Vital statistics of India. Vol. IV, Annual returns from 1871 to 1876. British Army of India, Native Army and jails of Bengal
Year: 1871
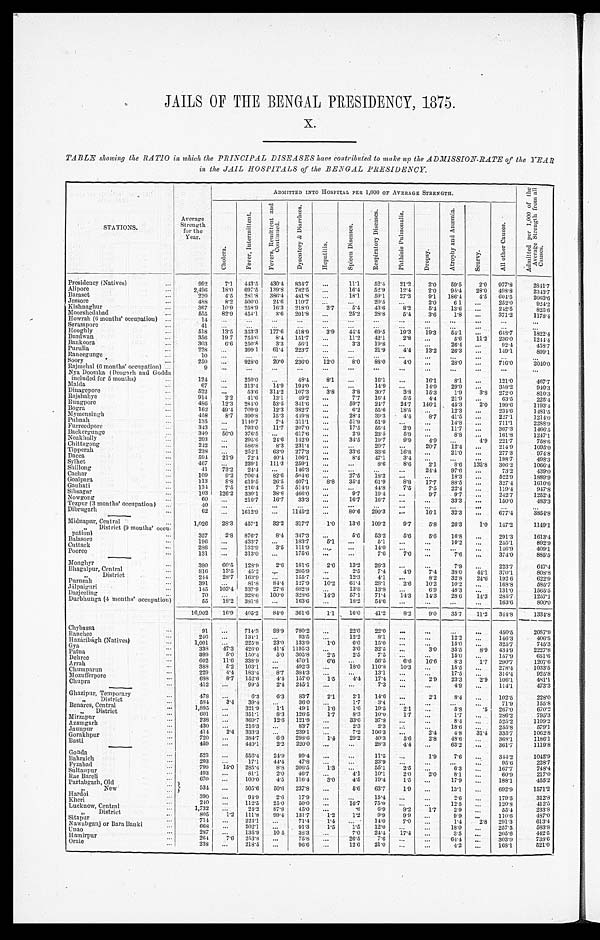
JAILS OF THE BENGAL PRESIDENCY, 1875.
x.
TABLE showing the RATIO in which the PRINCIPAL DISEASES have contributed to make up the ADM1SSION-RATE of the TEAR
in the JAIL HOSPITALS of the BENGAL PRESIDENCY.
A D M I T T E D I N T O H O S P I T A L P E R 1 , 0 0 0 O F A V E R A G E S T R E N G T H .
ADMITTED INTO HOSPITAL PER 1,000 Or AVERAGE STRENGTH.
S T A T I O N S .
A v e r a g e S t r e n g t h f o r t h e Y e a r .
Cholera.
F e v e r , I n t e r m i t t e n t .
F e v e r s , R e m i t t e n t a n d C o n t i n u e d .
D y s e n t e r y & D i a r r b œ a .
H e p a t i t i s .
S p l e e n D i s e a s e s .
R e s p i r a t o r y D i s e a s e s .
P h t h i s i s P u l m o n a l i s .
Dr opsy.
A t r o p h y a n d A n æ m i a .
S c u r v y .
A l l o t h e r C a u s e s .
A d m i t t e d P e r 1 , 0 0 0 o f t h e A v e r a g e S t r o n g t h f r o m a l C a u s c s .
Presidency (Natives)
...
992
7.1
443.5
430.4 834.7
...
11.1
52.4
21.2
2 . 0
59.5
2 . 0
977.8
2841.7
Alipore
...
2, 496
18.0 697.5
139.8 782.5
...
16.4
52.9
1 2 . 4
2 . 0
95.4
2 8 . 0 498.8
2 3 4 3 . 7
Baraset
...
220
4.5 281.8
386.4 481.8
...
18.1
59.1
2 7 . 3
9 . 1
186. 4
4 . 5 604.5
2 0 6 3 . 6
Jessore
...
488
8.2
500.0
24.6 110.7
. . .
...
20.5 ...
2 . 0
6.1
. . . 252.0
9 2 4 . 2
Kishnaghur ...
3 6 7
10.9 258.9 16.3
218.0
2 . 7
5.4
43.6
8 . 2
5 . 4
13. 6
. . . 242.5
8 2 5 . 6
Moorshedabad
...
5 5 5
82.9 454.1
3.6 201.8
. . .
25.2
2 8 . 8
5 . 4
3 . 6 1.8
. . . 371.2
1 1 7 8 . 4
llowrah (6 months' occupation)
1 4 ...
...
...
...
...
...
...
...
...
...
...
...
...
Serampore
...
41
...
...
...
...
...
...
. . .
...
. . .
...
. . . ...
. . .
Hooghly
...
518
13.5 353.3
177.6 418.9
3.9
14.4
6 9 . 5
1 9 . 3
1 9 . 3
54. 1
. . .
648.7
1 8 2 2 . 4
Burdwan
...
356
19.7
755.6
8.4 151.7
...
11. 2
4 2 . 1
2 . 8 ...
5.6
1 1 . 2 236.0
1 2 4 4 . 4
Bankoora ...
303
6.6
250.8
3.3
56.1
...
3.3
1 9 . 8
...
....
26.4
...
92.4
4 5 8 . 7
Purulia
....
228
...
399.1
61.4 223.7
...
...
2 1 . 9
4 . 4
1 3 . 2
26.3
...
149.1
8 9 9 . 1
Raneegunge
...
10
...
...
...
...
. . .
...
...
...
...
...
. . .
...
. . .
.
Soory
...
250
...
928.0
20.0 236.0
1 2 . 0 8.0
8 8 . 0
4 . 0 ...
28.0
. . .
716.0
2 0 4 0 . 0
Rajmehal (0 months' occupation) ...
9 ...
...
...
...
...
...
...
...
...
...
. . .
...
. . .
Nya Doomka (Deogarh and Godda
included for 5 months)
...
124
...
250.0
...
48.4
8.1
...
16.1
...
16.1
8.1
...
121.0
467.7
Malda
...
67
...
313.4
14.9 194.0
. . .
...
1 4 . 9
. . .
1 4 . 9
29. 9
. . .
358.2
9 4 0 . 3
Dinagepore
Dinagepore ...
522
...
53.6 314.2 107.3
3.8
3.8
30.7
3 . 8
1 5 . 3
1.9
3 . 8
272.0
8 1 0 . 3
Rajshahye ...
914
2.2
41.6
13.1
49.2
. . .
7.7
1 6 . 4
5 . 5
4 . 4
21.9
. . .
63.5
2 2 5 . 4
R u n g p o r e . . .
4 8 6
12.3 284.0
53.5
341.6
...
59. 7
2 4 . 7
2 4 . 7
1 4 6 . 1
45.3
2 . 0
199.6
1 1 9 3 . 4
Bogra
...
162
49.4 709.9
12.3 382.7
...
6.2
5 5 . 6
1 8 . 5
...
12.3
. . . 234.6
1 4 8 1 . 5
Mymensingh
...
458
8 . 7 390.8
15.3 449.8
. . .
28.4
3 9 . 3
4 . 4
8 . 7 41.5
. . .
227.1
1 2 1 4 . 0
Pubnah . . .
1 3 5
...
1140.7
7 . 4 311.1
. . .
51.9
. . .
. . .
...
14.8
. . .
711.1
2 2 6 8 . 9
Furreedpore ...
3 4 3
...
793.0
11.7 207.0
. . .
17. 5
5 5 . 4
2 . 9
...
11. 7
. . . 367.3
1 4 6 6 . 5
Backergunge
...
3 4 0
5 0 . 0 376.5
. . .
617.6
. . . 2.9
2 3 . 5
5 . 9
...
8.8
. . .
161.8
1 2 4 7 . 1
Noakholly
...
2 0 3
...
295.6
24.6 142.9
. . .
34.5
1 9 . 7
9 . 9
4 . 9
...
4 . 9 221.7
7 5 8 . 6
Chittagong
2 4 2
...
586.8
8 . 3 231.4
. . .
. . .
2 0 . 7
. . .
2 0 . 7
12.4
. . .
214.9
1 0 9 5 . 0
Tipperah
...
2 3 8
...
252.1
63.0 277.3
. . .
33.6
3 3 . 6
1 6 . 8 ...
21.0
. . .
277.8
9 7 4 . 8
Dacca
...
5 9 4
2 1 . 9
72.4
40.4 106.1
. . . 8.4
4 7 . 1
3 . 4
. . . . . .
. . .
198.7
4 9 8 . 3
Syl het . . .
4 6 7
...
229.1
111.3 259.1
. . .
. . .
8 . 6
8 . 6
2 . 1
8.6
1 3 2 . 8
306.2
1 0 6 6 . 4
S h i l l o n g . . .
4 1
7 3 . 2
24.4
. . .
146.3
. . .
. . .
. . .
. . .
2 4 . 4
97.6
. . .
73.2
4 3 9 . 0
C a e h a r . . .
109
9 . 2 706.4
82.6 504.6
. . .
27.5
1 8 . 3
. . .
. . .
18.3
. . .
522.9
1 8 8 9 . 9
Goalpara
...
113
8 . 8 619.5
26.5 407.1
8 . 8
35.4
6 1 . 9
8 . 8
1 7 . 7
88.5
. . .
327.4
1 6 1 0 . 6
Gauhati...
134
7 . 5 216.4
7 . 5 514.9
. . .
. . .
4 4 . 8
7 . 5
7 . 5
2 2 . 4
. . . 119.4
9 4 7 . 8
S i b s a g a r . . .
103
1 2 6 . 2 330.1
38.8 466.0
. . .
9.7
1 9 . 4
. . .
9 . 7 9.7
. . .
242.7
1 2 5 2 . 4
N o w g o n g . . .
60
...
216.7
16.7
33.3
. . .
16.7
1 6 . 7
. . .
. . .
33.3
. . . 150.0
4 8 3 . 3
Tezpur (3 months' occupation)
4 0
...
. . .
. . .
. . .
. . .
. . .
. . .
. . .
. . .
. . .
. . .
. . .
. . .
Dibrugarh
...
6 2
. . . 1612.9
. . . 1145.2
. . .
80.6
2 9 0 . 3
. . .
1 6 . 1
32.3
. . . 677.4
3 8 5 4 . 8
Midnapur, Cent ral ...
1,026
2 8 . 3 457.1
32.2
317.7
1 . 0
13.6
1 0 9 . 2
9 . 7
5 . 8
26.3
1 . 0
147.2
1 1 4 9 . 1
„
District (9 mouths' occu-
..
pation)
357
2 . 8
876.7
8 . 4 347.3
. . . .
5 . 6
5 3 . 2
5 . 6
5 . 6
16.8
. . .
291.3
1 6 1 3 . 4
B a l a s o r e . . .
196
. . .
433.7
. . .
183.7
5 . 1
. . .
5 . 1
. . .
. . . 10.2
. . .
255.1
8 9 2 . 9
C u t t a c k . . .
286
. . .
1 3 2 . 9
3 . 5 111.9
. . .
. . .
1 4 . 0
. . .
. . .
. . .
. . .
146.9
4 0 9 . 1
Poor ee . . .
131
. . .
3 1 3 . 0
. . .
175.6
. . .
. . .
7 . 6
7 . 6
. . . 7.6
. . . 374.0
8 8 5 . 5
M o n g h y r . . .
380
6 0 . 5
1 2 8 . 9
2 . 6 181.6
2 . 6
13.2
2 6 . 3
. . .
. . .
7 . 9
. . .
223.7
6 4 7 . 4
B h a g a l p u r , C e n t r a l . . .
816
1 3 . 5
4 5 . 2
. . .
2 0 5 . 9
. . .
2 . 5
7 . 4
4 . 9
7 . 4
8 8 . 0
4 4 . 1 370.1
8 0 8 . 8
„
District
...
2 4 4
2 8 . 7
1 6 3 . 9
. . .
155.7
. . .
12.3
4 . 1
. . .
8 . 2
3 2 . 8
2 4 . 6
192.6
6 2 2 . 9
P u r n e a h . . .
3 9 1
...
8 1 . 8
8 4 . 4
127.9
1 0 . 2 61.4
2 8 . 1
2 . 6
1 0 . 2
1 0 . 2
. . .
168.8
5 8 5 . 7
J á l p a i g u r i . . .
1 4 5
1 0 3 . 4
3 3 7 . 9
2 7 . 6
882.8
. . .
13.8
1 3 . 8
. . .
6 . 9
4 8 . 3
. . .
131.0
1 5 6 5 . 5
D a r j e e l i n g . . .
7 0
. . .
3 2 8 . 6
100.0
328.6
1 4 . 3
57.1
7 1 . 4
1 4 . 3
1 4 . 3
2 8 . 6
1 4 . 3
285.7
1 2 5 7 . 1
Durbhunga (1 months' occupation)
5 5
1 8 . 2
3 8 1 . 8
. . .
163.6
. . .
18.2
5 4 . 6
. . .
. . .
. . .
. . . 163.6
8 0 0 . 0
16,902
1 6 . 9
4 0 5 . 2
8 4 . 0
361.6
1 . 1
16.0
4 1 . 2
8 . 2
9 . 0
3 5 . 7
1 1 . 2
344.8
1 3 3 4 . 8
Chybassa
...
9 1
. . .
7 1 4 . 3
9 8 . 9
7 8 0 . 2
. . .
2 2 . 0
2 2 . 0
. . .
. . .
. . .
. . .
450.5
2 0 8 7 . 9
R a n c h e e . . .
2 4 6
. . .
1 3 4 . 1
. . .
9 3 . 5
. . .
12.2
8 . 1
. . .
. . .
1 2 . 2
. . .
146.3
4 0 6 . 5
H a z á r i b á g h ( N a t i v e s ) . . .
1 , 0 0 1
. . .
2 2 5 . 8
2 3 . 0
1 3 3 . 9
1 . 0
6 . 0
1 5 . 0
. . .
. . .
1 5 . 0
. . .
325.7
7 4 5 . 3
G y a . . .
338
47. 3
4 2 6 . 0
4 1 . 4 1195.3
. . .
3 . 0
3 2 . 5
. . .
3 . 0
3 5 . 5
8 . 9 434.9
2 2 2 7 . 8
Patna
...
3 9 9
5 . 0
1 5 0 . 4
5 . 0
3 0 5 . 8
2 . 5
2.5
7 . 5
. . .
. . .
1 5 . 0
. . .
157.9
6 5 1 . 6
D e h r e e . . .
6 0 2
11.6
3 3 8 . 9
. . .
4 7 0 . 1
6 . 6
. . .
5 6 . 5
6 . 6
1 6 . 6
8 . 3
1 . 7
290.7
1 2 0 7 . 6
A r r a h . . .
3 8 8
5 . 2
1 0 3 . 1
. . .
4 9 2 . 3
. . .
1 8 . 0
1 1 0 . 8
1 0 . 3
. . .
1 5 . 5
. . . 278.4
1 0 3 3 . 5
C h u m p a r u n . . .
2 2 9
4 . 4
1 8 3 . 4
8 . 7
3 8 4 . 3
. . .
. . .
1 3 . 1
. . .
. . .
1 7 . 5
. . .
314.4
9 2 5 . 8
M o z u f f e r p o r e . . .
688
8 . 7
1 5 2 . 6
4 . 4
1 5 7 . 0
1 . 5
4.4
1 7 . 4
. . .
2 . 9
2 3 . 3
2 . 9
106.1
4 8 1 . 1
Chupra . . .
412
. . .
9 9 . 5
2 . 4
2 4 5 . 1
. . .
...
7 . 3
. . .
. . .
4 . 9
. . . 114.1
4 7 3 . 3
Ghazipur, Temporary...
478
. . .
6 . 3
6 . 3
8 3 . 7
2 . 1
2 . 1
1 4 . 6
. . .
2 . 1
8 . 4
. . .
102.5
2 2 8 . 0
„
District
...
584
3.4
3 9 . 4
. . .
3 6 . 0
. . .
1 . 7
3 . 4
. . .
. . .
. . . 0
. . .
7 1 . 9
1 5 5 . 8
B e n a r e s , C e n t r a l . . .
1,895
...
3 2 1 . 9
1 . 1
4 9 . 1
1 . 6
1 . 6
1 9 . 5
2 . 1
. . .
5 . 8
. 5
267.0
6 7 0 . 2
„
District...
601
...
3 5 1 . 1
8 . 3
1 2 6 . 5
1 . 7
8 . 3
1 0 . 0
1 . 7
. . .
1 . 7
. . .
286.2
7 9 5 . 3
Mirzapur...
238
...
369.7
12.6 121.8
...
33.6
37.8
...
...
8 . 4
. . .
525.2
1 1 0 9 . 2
A z a m g a r h . . .
430
. . .
216.3
...
83.7
...
2.3
2.3
..:
. . .
1 8 . 6
. . .
255.8
5 7 9 . 1
J a u n p u r . . .
414
2.4 333.3
...
2 3 9 . 1 ...
7 . 2 106.3
...
2 . 4
4.8
3 1 . 4
335.7
1 0 6 2 . 8
Gorakhpur
720
...
3 8 4 . 7
6 . 9
2 9 8 . 6
1.4
29.2 40.3
5.6
2.8
48.6
... 368.1
1186.1
B a s t i
459
. . .
4 4 0 . 1
2.2 220.0 ...
...
28.3
4.4 ...
63.2 ....
361.7
1 1 1 9 . 8
G o n d a
. . .
5 2 3 ...
556.4
2 4 . 9 99.4
...
...
11.5
...
1.9
7.6
...
344.2
1045.9
Bahraich...
293
...
1 7 . 1
44.4
47.8
...
...
23.9
...
...
...
...
9 5 . 6
2 2 8 . 7
F y z a b a d . . .
7 9 9
15.0 285.4
8 . 8 206.5
1.3
...
55.1
2.5
. . .
6.3
...
167.7
7 4 8 . 4
Sul tanpur...
493
...
81.1
2.0
46.7
...
4.1
10.1
2.0
2 . 0
8.1
...
60.9
2 1 7 . 0
Rae Bareli...
670
...
100.0
4 . 5 116.4
3.0
4.5
19.4
1.5
...
17.9
. . .
188.1
4 5 5 . 2
Partabgarh, Old
. . .
534
...
505.6
5 0 . 6 237.8
...
5.6
63.7
1.9
...
13.1
...
692.9
1 5 7 1 . 2
N e w . . .
H a r d o i . . .
390
...
9 4 . 9
2.6
17.9
...
...
15.4
...
...
2.6
...
179.5
3 1 2 . 8
K h e r i . . .
240
...
112.5
25.0
50.0
...
1 6 . 7 75.0
. . .
..
12.5
...
120.8
4 1 2 . 5
L u c k n o w , C e n t r a l . . .
1 , 7 3 2 ...
24.2
87.8
45.0 ...
. 6
6.9
9.2
1.7
2.9
...
5 5 . 4
2 3 3 . 8
District...
8 0 5
1 . 2
1 1 1 . 8
9 9 . 4
1 3 1 . 7
1 . 2
1 . 2
9 . 9
9 . 9
. . .
9 . 9 ...
1 1 0 . 6
4 8 7 . 0
S i t a p u r . . .
7 1 4
. . .
224.1
...
7 1 . 4
1 . 4
. . .
1 4 . 0
7 . 0
. . .
1 . 4
2 . 8
2 9 1 . 3
6 1 3 . 4
N a w a b g a n j o r B a r a B a n k i . . .
6 6 8
. . .
202.1
...
91.3
1 . 5
1.5
12.0
. . .
. . .
1 8 . 0
. . .
2 5 7 . 5
5 8 3 . 8
U n a o . . .
2 8 7 ...
1 3 5 . 9
1 0 . 5
3 8 . 3
. . .
7 . 0 24.4
17.4
...
3.5
...
2 0 5 . 6
4 4 2 . 5
H a m i r p u r . . .
2 6 4
7 . 6
2 5 3 . 8
. . .
7 5 . 8
. . . 26.5
7.6
...
. . .
64.4
. . .
303.0
7 3 8 . 6
Oraie
...
2 3 8 ...
218.5
...
9 6 . 6 ...
1 2 . 6 21.0
...
. . .
4 . 2 ...
1 6 8 . 1
5 2 1 .